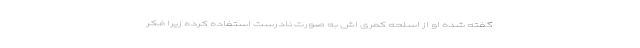
گفته شده او از اسلحه کمری اش به صورت نادرست استفاده کرده زیرا فکر